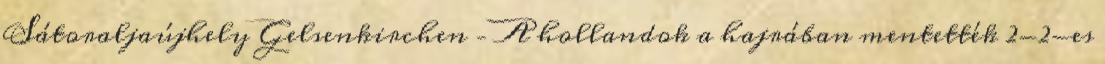
Sátoraljaújhely Gelsenkirchen – A hollandok a hajrában mentették 2-2-es